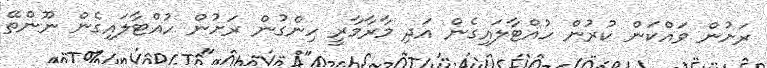
ރަށުން ވައްކަން ކުރުން ހުއްޓާލައިގެން އަދި މާރާމާރީ ހިންގުން ރަށުން ހުއްޓާލައިގެން ނޫންތޭ